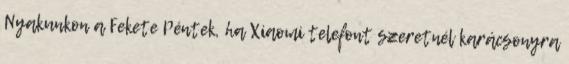
Nyakunkon a Fekete Péntek, ha Xiaomi telefont szeretnél karácsonyra